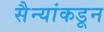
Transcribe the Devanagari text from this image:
सैन्यांकडून